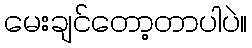
မေးချင်တော့တာပါပဲ။